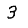
Digit: 3